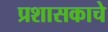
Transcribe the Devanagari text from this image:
प्रशासकाचे